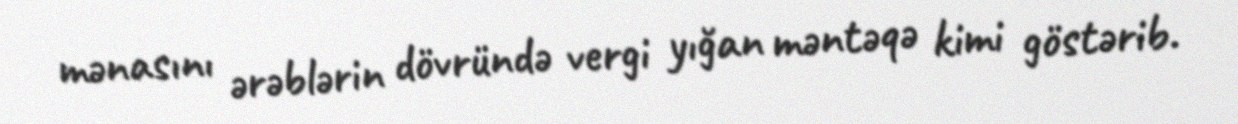
mənasını ərəblərin dövründə vergi yığan məntəqə kimi göstərib.